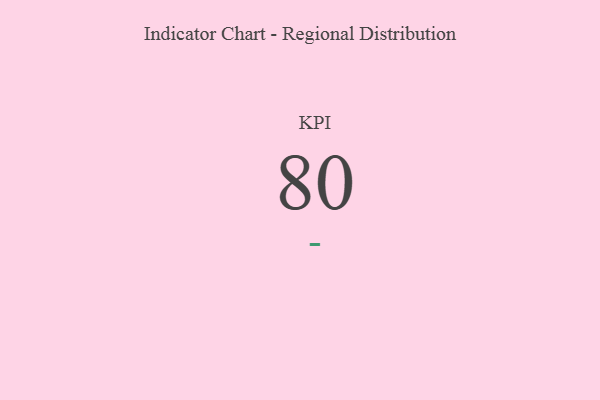
{"axis": {"x": "KPI", "y": "Value"}, "legend": [""], "data": [{"x": "KPI", "y": 80, "type": ""}]}